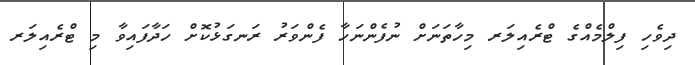
ދިވެހި ފިލްމެއްގެ ޓްރެއިލަރ މިހާތަނަށް ނުފެންނަހާ ފެންވަރު ރަނގަޅުކޮށް ހަދާފައިވާ މި ޓްރެއިލަރ